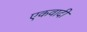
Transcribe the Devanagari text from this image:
एकवादी